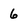
Character: 6